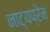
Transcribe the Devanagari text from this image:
नाट्यप्रेम